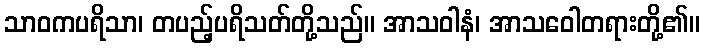
သာဝကပရိသာ၊ တပည့်ပရိသတ်တို့သည်။ အာသဝါနံ၊ အာသဝေါတရားတို့၏။